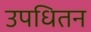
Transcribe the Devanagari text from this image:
उपधितन